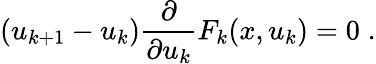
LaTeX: (u_{k+1}-u_{k})\frac{\partial}{\partial u_{k}}F_{k}(x,u_{k})=0\; .